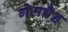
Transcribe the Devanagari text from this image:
गेमपैड